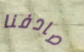
صادفنا